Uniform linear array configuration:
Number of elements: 16
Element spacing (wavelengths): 0.75
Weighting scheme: exponential
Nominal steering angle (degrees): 0
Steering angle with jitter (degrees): -0.145
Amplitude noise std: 0.05
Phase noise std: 0.05

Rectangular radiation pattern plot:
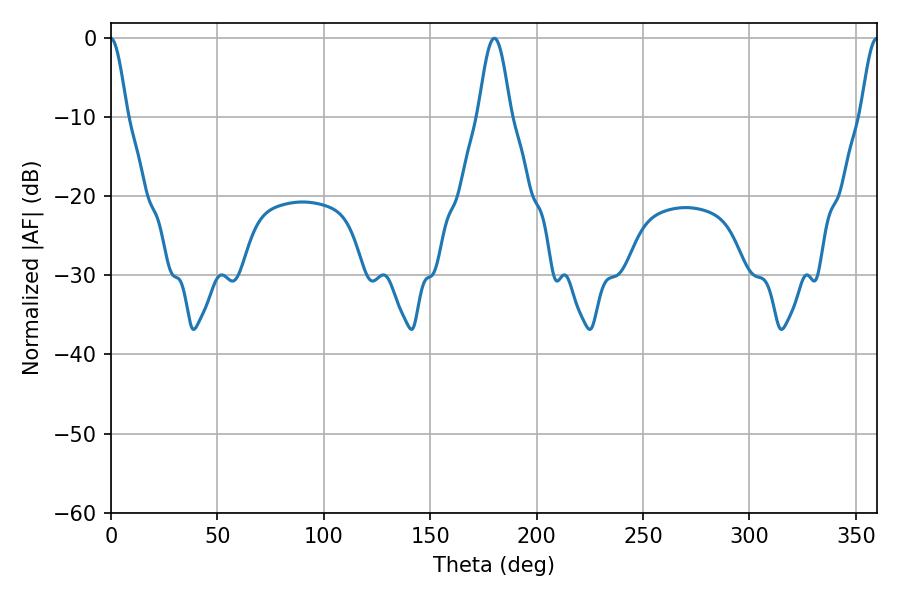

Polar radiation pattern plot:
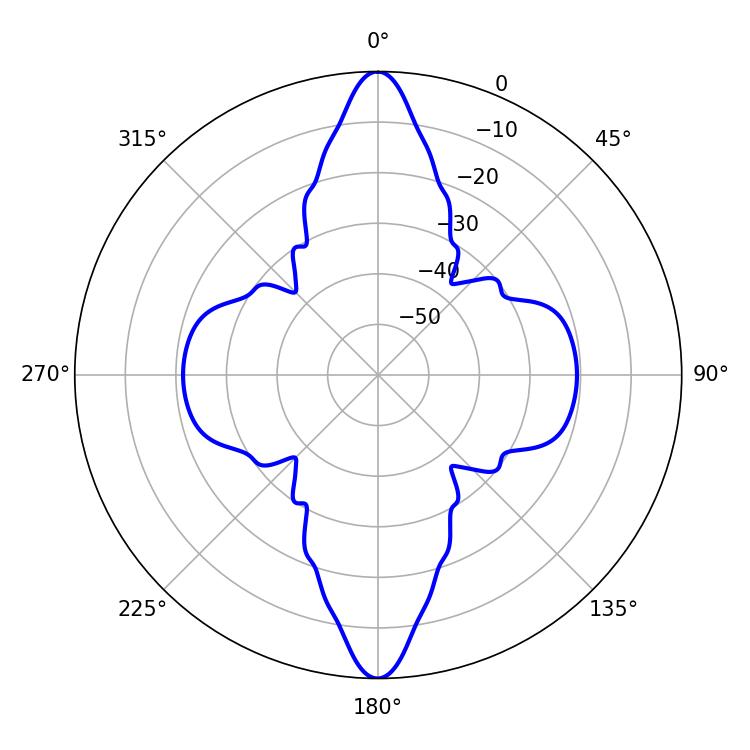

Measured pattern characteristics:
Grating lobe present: TRUE
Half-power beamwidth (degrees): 8.1
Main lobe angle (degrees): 180.18